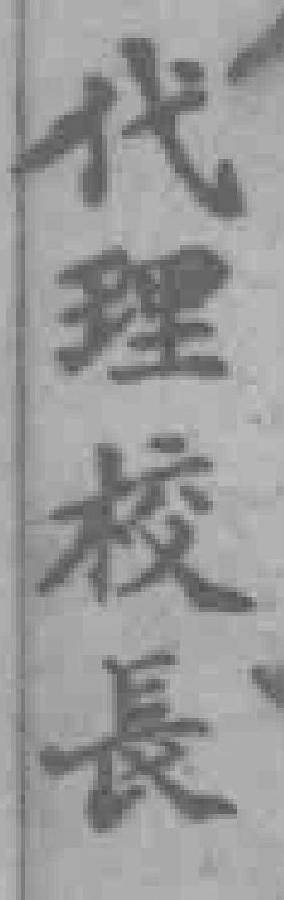
代理校長